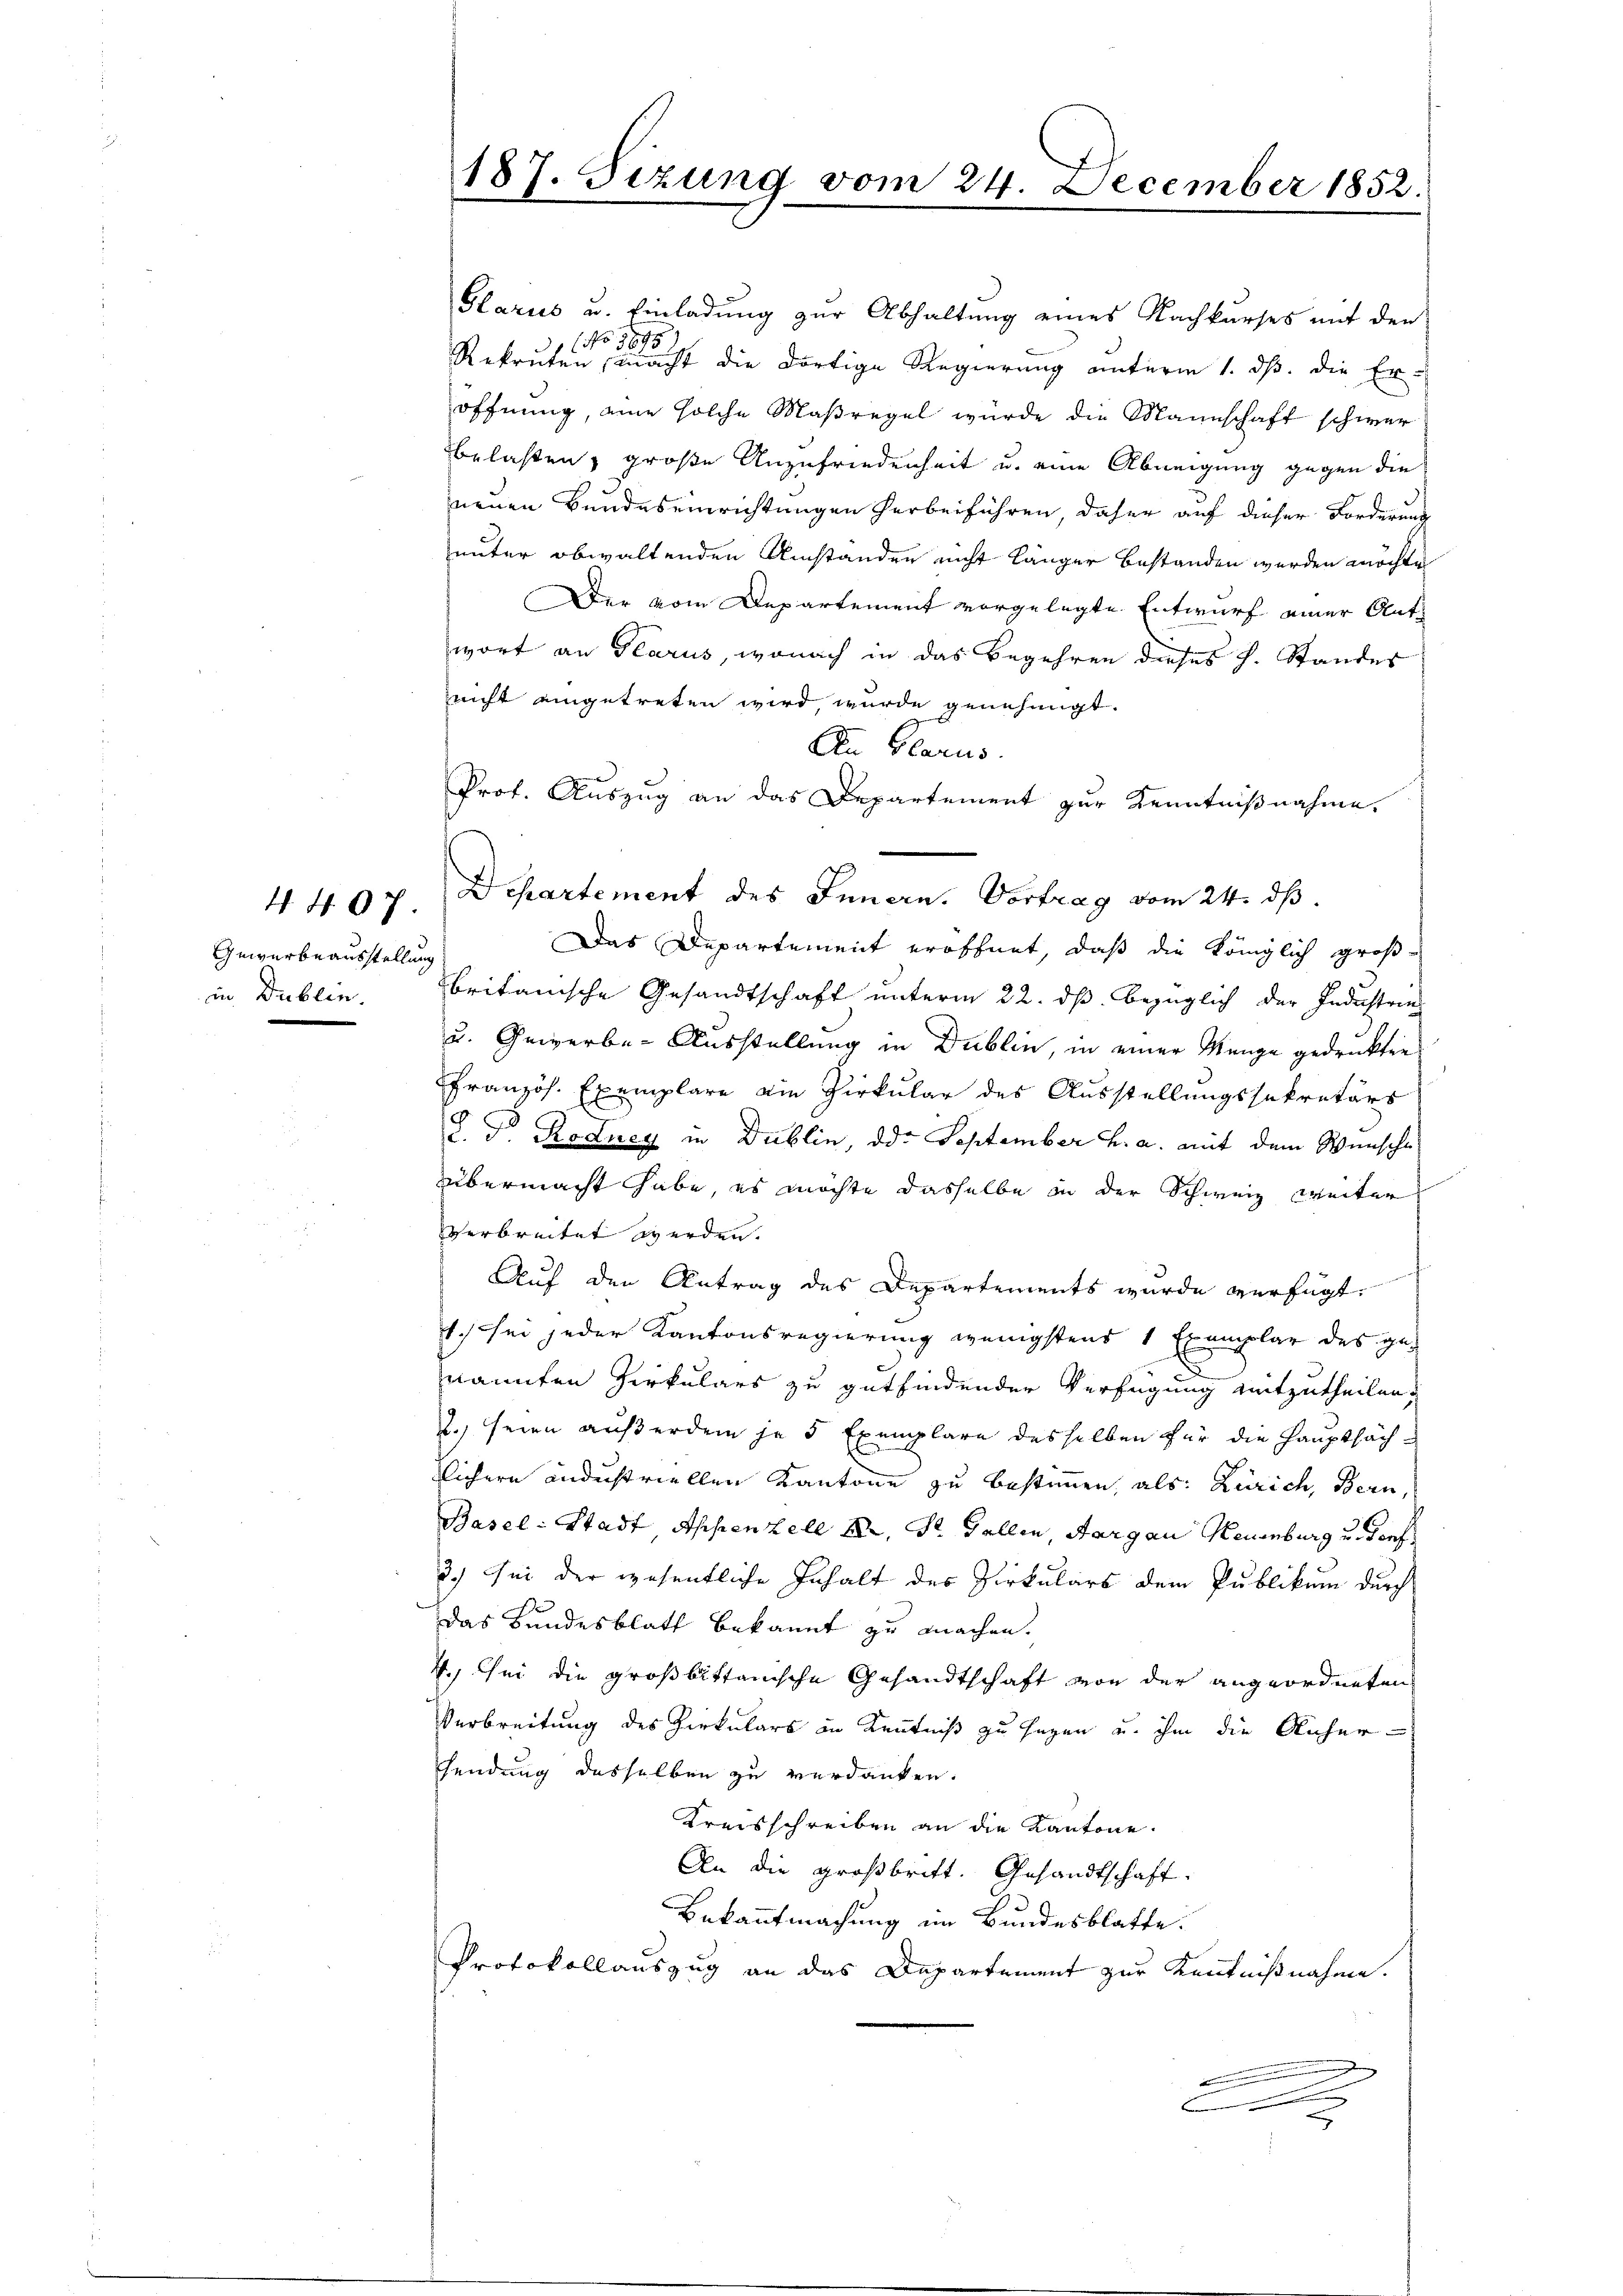
Gewerbeausstellung
in Dublin.

4. 407.

Glarus u. Einladung zur Abhaltung eines Nachkurses mit den
17
No. 18
Rekruten, macht die dortige Regierung unterm 1. ds. die Er-
öffnung, eine solche Maßregel würde die Mannschaft schwer
belasten, große Anzufriedenheit u. eine Abneigung gegen die
neuen Bundeseinrichtungen herbeiführen, daher auf dieser Forderung
unter obwaltenden Umstanden nicht länger bestanden werden möchte
Der vom Departement vorgelegte Entwurf einer Ant
wort an Glarus, wonach in das Begehren dieses h. Standes
nicht eingetreten wird wurde genehmigt.
An Glarus.
Prof. Auszug an das Departement zur Kenntnißnahme.
Departement des Innern. Vortrag vom 24. dß.
Das Departement eröffnet, daß die Königlich großbritanische Gesandtschaft unterm 22. ds. bezüglich der Industrie
u. Gewerbe-Ausstellung in Dublin, in einer Menge gedruckten
Französ. Exemplare ein Zirkular des Ausstellungssekretärs
S. d. Rodney in Dublin, od. September h. a. mit dem Wunsche
übermacht habe, es möchte dasselbe in der Schweiz weiter
verbreitet werden.
Auf den Antrag des Departements wurde verfügt:
1. sei jeder Kantonsregierung wenigstens 1 Exemplar des genannten Herkulars zu gutfindender Verfügung mitzutheilen.
2. seien außerdem ja 5 Exemplare desselben für die Hauptsäch¬
Sichern andustriellen Kantone zu bestimmen, als: Zürich, Bern,
Basel-Stadt Appenzell XX, St. Gallen, Aargau Neuenburg u. Torf
3.) Sei der wesentliche Inhalt des Zirkulars dem Publikum durch
das Bundesblatt bekannt zu machen.
4. Sei die großbittanische Gesandtschaft von der angeordneten
Verbreitung des Zirkulars in Kenntniß zu sagen u. ihm die Anhersendung desselben zu verdanken.
Kreisschreiben an die Kantone.
An die Großbritt. Gesandtschaft
Bekanntmachung im Bundesblatte.
Protokollauszug an das Departement zur Kenntnißnahme.
E

187. Sizung vom 24. December 1852.